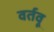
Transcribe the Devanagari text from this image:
वर्तवू